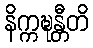
နိက္ကဍ္ဎန္တီတိ